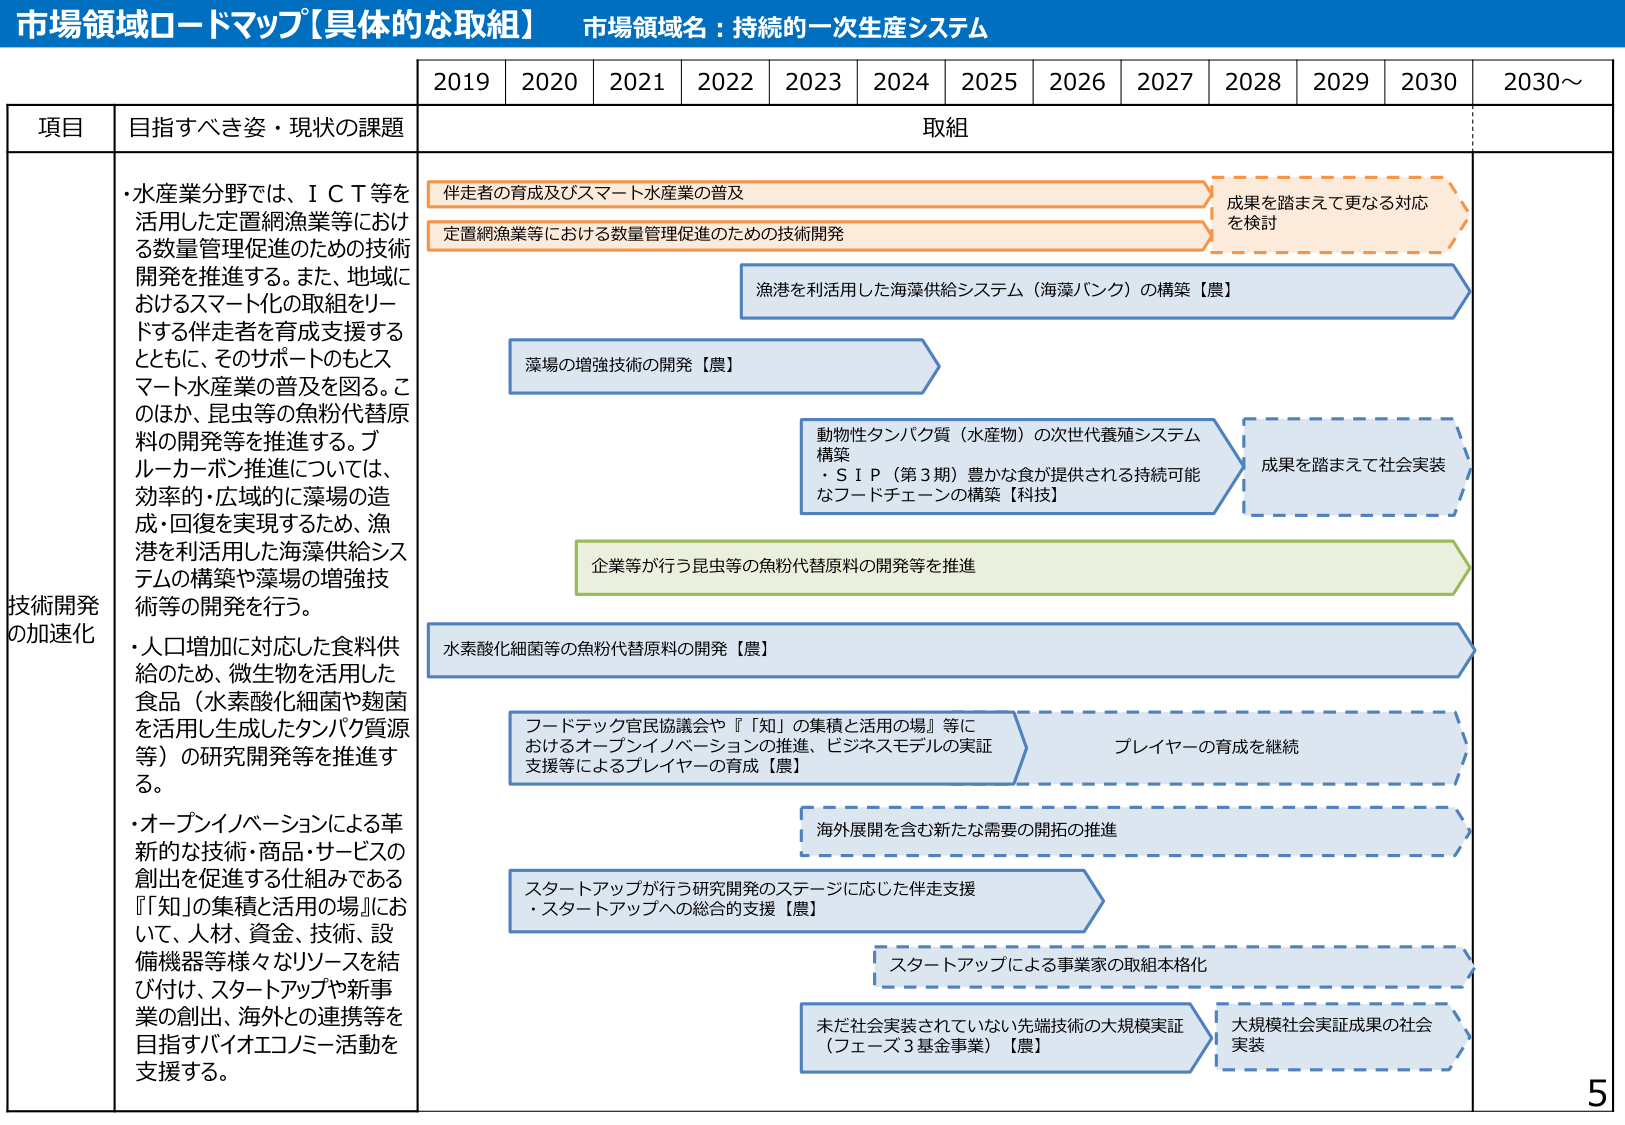
市場領域ロードマップ【具体的な取組】 市場領域名：持続的⼀次⽣産システム

2019 2020 2021 2022 2023 2024 2025 2026 2027 2028 2029 2030 2030～

項⽬ ⽬指すべき姿・現状の課題 取組

技術開発 の加速化
・⽔産業分野では、ＩＣＴ等を 活⽤した定置⽹漁業等におけ る数量管理促進のための技術 開発を推進する。また、地域に おけるスマート化の取組をリー ドする伴⾛者を育成⽀援する とともに、そのサポートのもとス マート⽔産業の普及を図る。こ のほか、昆⾍等の⾁粉代替原 料の開発等を推進する。ブ ルーカーボン推進については、 効率的・広域的に藻場の造 成・回復を実現するため、漁 港を利⽤した海藻供給シス テムの構築や藻場の増強技 術等の開発を⾏う。
・⼈⼝増加に対応した⾷料供 給のため、微⽣物を活⽤した ⾷品（⽔素酸化細菌や麹菌 を活⽤し⽣成したタンパク質源 等）の研究開発等を推進す る。
・オープンイノベーションによる⾰ 新的な技術・商品・サービスの 創出を促進する仕組みである 『「知」の集積と活⽤の場』にお いて、⼈材、資⾦、技術、設 備機器等様々なリソースを結 び付け、スタートアップや新事 業の創出、海外との連携等を ⽬指すバイオエコノミー活動を ⽀援する。

伴⾛者の育成及びスマート⽔産業の普及
定置⽹漁業等における数量管理促進のための技術開発
成果を踏まえて更なる対応 を検討

漁港を利⽤した海藻供給システム（海藻バンク）の構築【農】
藻場の増強技術の開発【農】

動物性タンパク質（⽔産物）の次世代養殖システム 構築
・ＳＩＰ（第３期）豊かな⾷が提供される持続可能 なフードチェーンの構築【科技】
成果を踏まえて社会実装

企業等が⾏う昆⾍等の⾁粉代替原料の開発等を推進

⽔素酸化細菌等の⾁粉代替原料の開発【農】

フードテック官⺠協議会や『「知」の集積と活⽤の場』等に おけるオープンイノベーションの推進、ビジネスモデルの実証 ⽀援等によるプレイヤーの育成【農】
プレイヤーの育成を継続

海外展開を含む新たな需要の開拓の推進

スタートアップが⾏う研究開発のステージに応じた伴⾛⽀援
・スタートアップへの総合的⽀援【農】

スタートアップによる事業家の取組本格化

未だ社会実装されていない先端技術の⼤規模実証 （フェーズ３基⾦事業）【農】
⼤規模社会実証成果の社会 実装

5